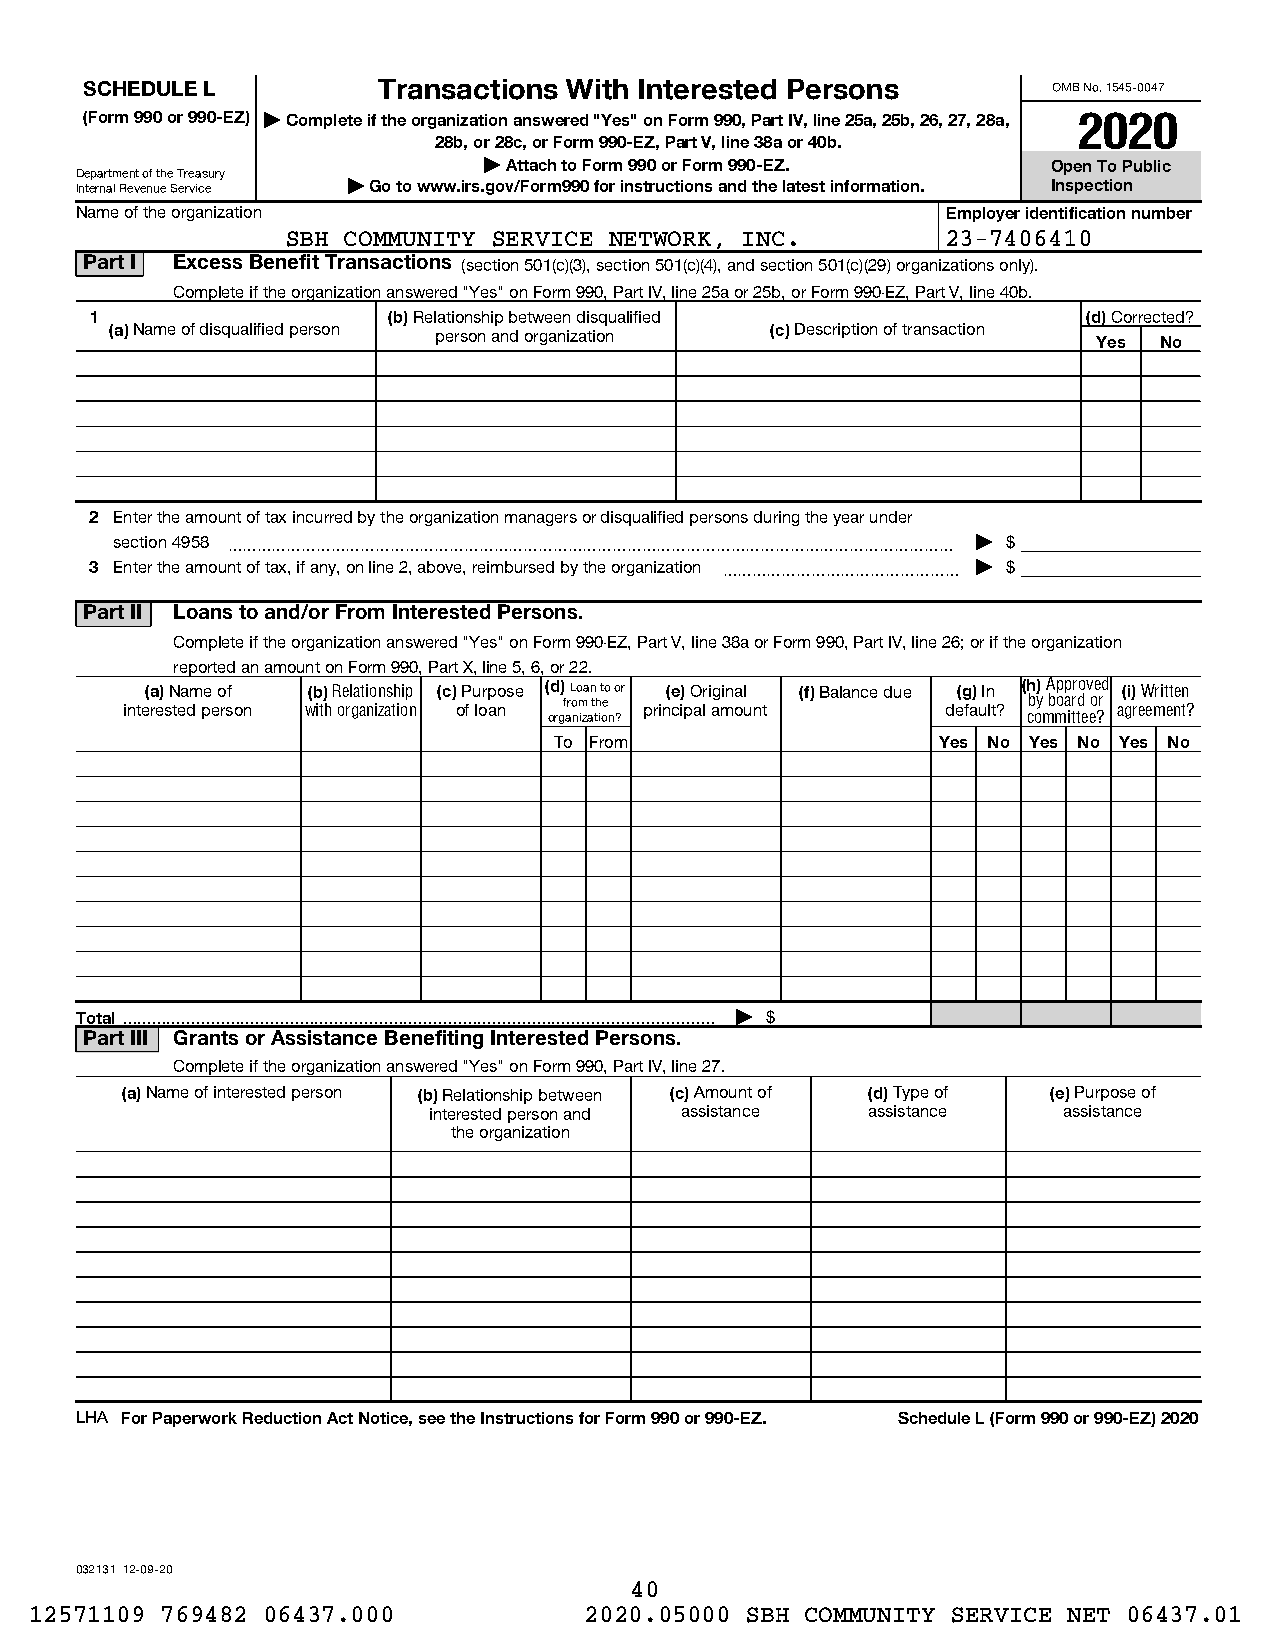
SCHEDULE L         Transactions With Interested Persons         OMB No. 1545-0047
 (Form 990 or 990-EZ) | Complete if the organization answered "Yes" on Form 990, Part IV, line 25a, 25b, 26, 27, 28a, 2020
 28b, or 28c, or Form 990-EZ, Part V, line 38a or 40b.
 | Attach to Form 990 or Form 990-EZ.  Open To Public
 Department of the Treasury
 Internal Revenue Service | Go to www.irs.gov/Form990 for instructions and the latest information. Inspection
 Name of the organization                                  Employer identification number
 SBH COMMUNITY SERVICE NETWORK, INC.         23-7406410
 Part I Excess Benefit Transactions (section 501(c)(3), section 501(c)(4), and section 501(c)(29) organizations only).
 Complete if the organization answered "Yes" on Form 990, Part IV, line 25a or 25b, or Form 990-EZ, Part V, line 40b.
 1                   (b) Relationship between disqualified         (d) Corrected?
 (a) Name of disqualified person person and organization (c) Description of transaction
 Yes No
 2 Enter the amount of tax incurred by the organization managers or disqualified persons during the year under
 section 4958 ~~~~~~~~~~~~~~~~~~~~~~~~~~~~~~~~~~~~~~~~~~~~~~~~~ | $
 3 Enter the amount of tax, if any, on line 2, above, reimbursed by the organization ~~~~~~~~~~~~~~~~ | $
 Part II Loans to and/or From Interested Persons.
 Complete if the organization answered "Yes" on Form 990-EZ, Part V, line 38a or Form 990, Part IV, line 26; or if the organization
 reported an amount on Form 990, Part X, line 5, 6, or 22.
 (a) Name of (b) Relationship (c) Purpose (d) Loan to or (e) Original (f) Balance due (g) In (h) Approved (i) Written
 interested person with organization of loan from the principal amount default? by board or agreement?
 organization?                   committee?
 To From                  Yes No Yes No Yes No
 Total | $
 Part III Grants or Assistance Benefiting Interested Persons.
 Complete if the organization answered "Yes" on Form 990, Part IV, line 27.
 (a) Name of interested person (b) Relationship between (c) Amount of (d) Type of (e) Purpose of
 interested person and assistance assistance assistance
 the organization
 LHA For Paperwork Reduction Act Notice, see the Instructions for Form 990 or 990-EZ. Schedule L (Form 990 or 990-EZ) 2020
 032131 12-09-20
 40
 12571109 769482 06437.000            2020.05000 SBH COMMUNITY SERVICE NET 06437.01